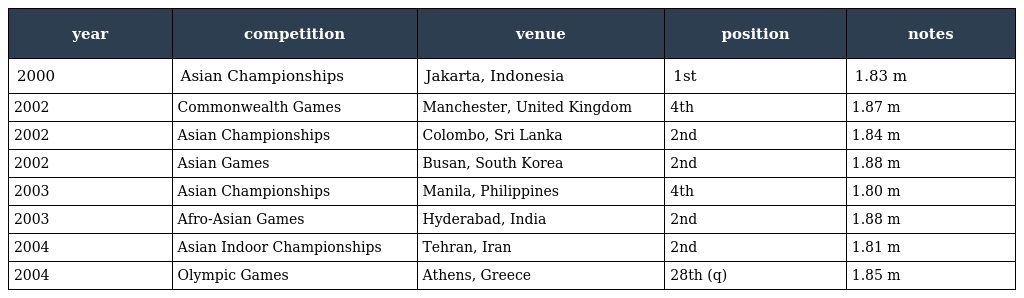
| year | competition | venue | position | notes |
 | --- | --- | --- | --- | --- |
 | 2000 | Asian Championships | Jakarta, Indonesia | 1st | 1.83 m |
 | 2002 | Commonwealth Games | Manchester, United Kingdom | 4th | 1.87 m |
 | 2002 | Asian Championships | Colombo, Sri Lanka | 2nd | 1.84 m |
 | 2002 | Asian Games | Busan, South Korea | 2nd | 1.88 m |
 | 2003 | Asian Championships | Manila, Philippines | 4th | 1.80 m |
 | 2003 | Afro-Asian Games | Hyderabad, India | 2nd | 1.88 m |
 | 2004 | Asian Indoor Championships | Tehran, Iran | 2nd | 1.81 m |
 | 2004 | Olympic Games | Athens, Greece | 28th (q) | 1.85 m |